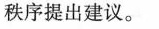
秩序提出建议。